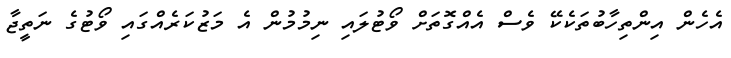
އެހެން އިންތިހާބުތަކެކޭ ވެސް އެއްގޮތަށް ވޯޓުލައި ނިމުމުން އެ މަޒުކަރެއްގައި ވޯޓުގެ ނަތީޖާ